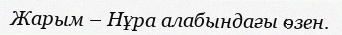
Жарым – Нұра алабындағы өзен.